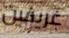
غريفين